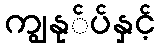
ကျွနု်ပ်နှင့်